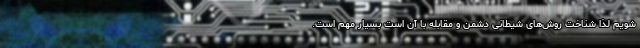
شویم لذا شناخت روش‌های شیطانی دشمن و مقابله با آن است بسیار مهم است.